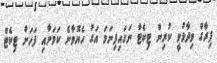
ފިރާގް ވިދާޅުވީ ކުރިން ޓިކެޓް ނަގައިފިނަމަ އަގު ހެޔޮވާނެ ކަމަށާއި ފަހަށް ޓިކެޓް